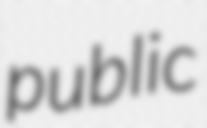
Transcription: public